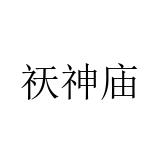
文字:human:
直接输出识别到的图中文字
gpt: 祆神庙